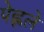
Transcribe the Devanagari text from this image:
पेह्लले